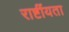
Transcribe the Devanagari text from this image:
राष्टींयता